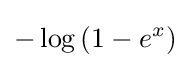
-\log \left(1-e^{x}\right)